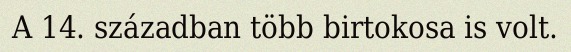
A 14. században több birtokosa is volt.